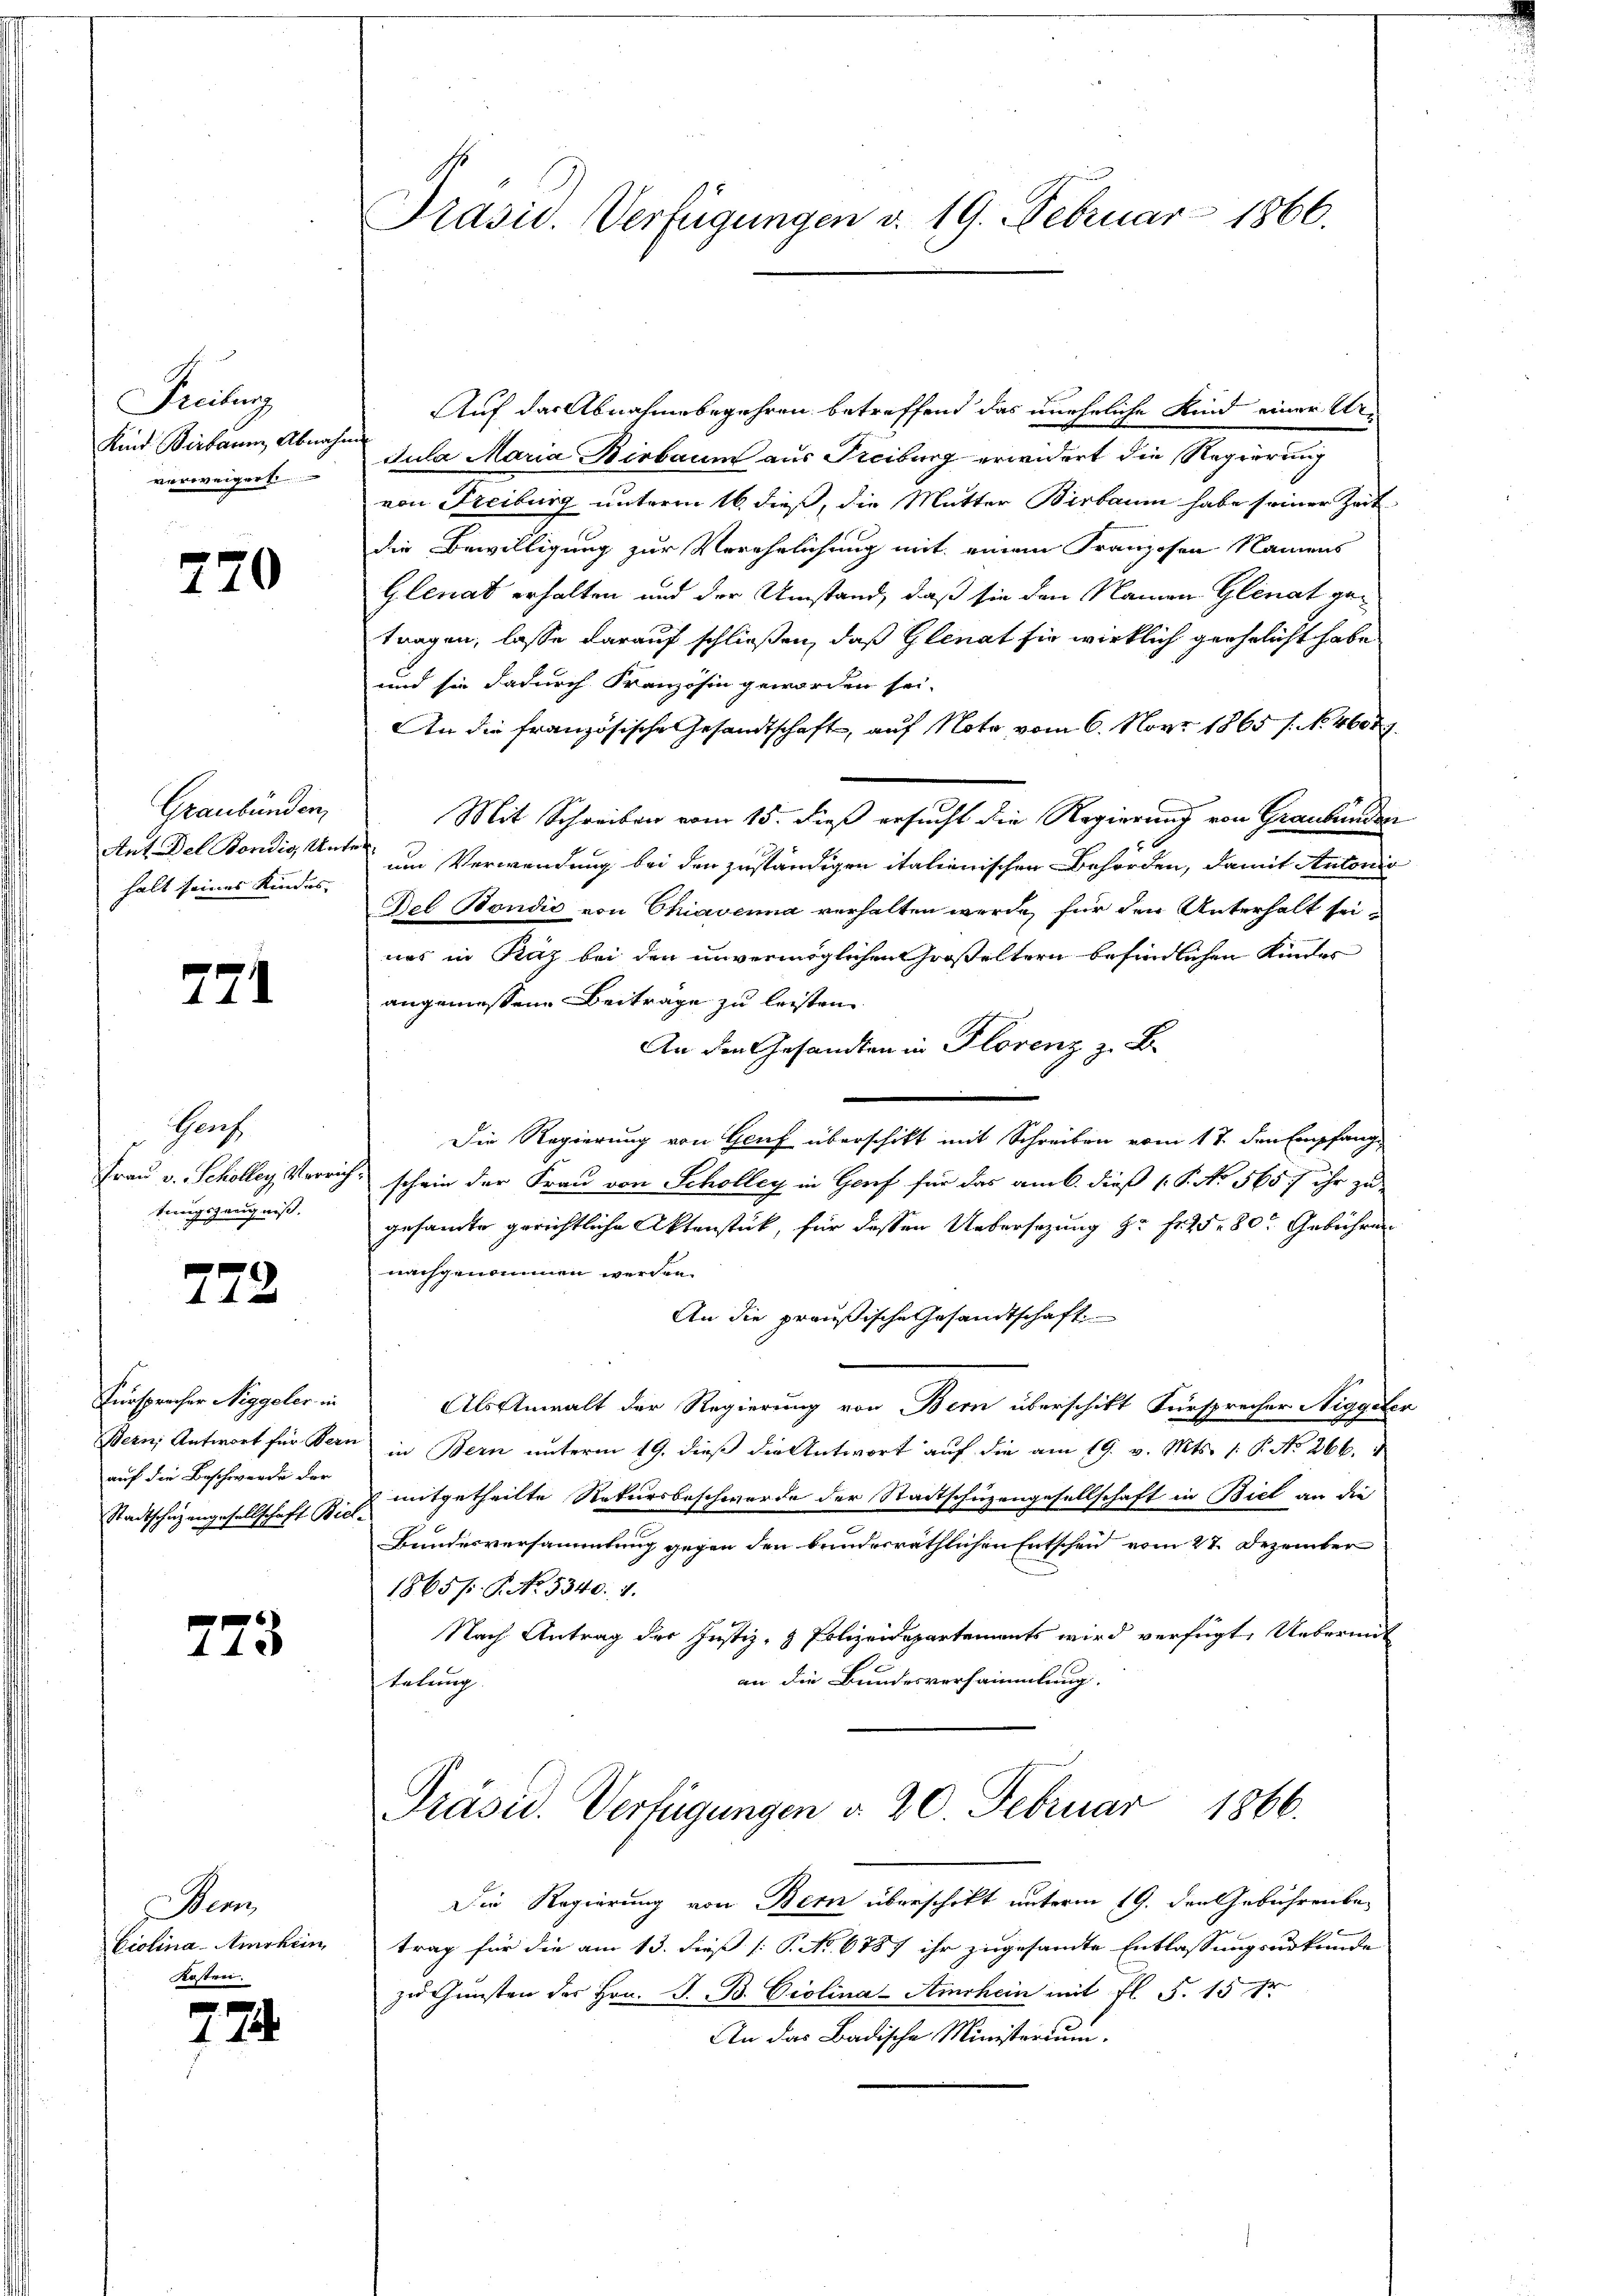
Freihung
Kind Birbarm, Abnahm
verweigert

720

Graubünden,
Ant. Der Bordig, Unt
halt seines Kindes.

771

Prach
Frau v. Scholler Verrich
tungszeugniß.

772

Fürsprecher Niggeler in
Bern, Antwort für Bern
auf die Beschwerde der
Stadtschuzengesellschaft Biel-

773

Nem
Violina Amrhein
Kostrei.

e
11

Prasis. Verfügungen d. 19. Februar 1866.

Auf das Abnahmebegehren betreffend das uneheliche Kind einer Ur-
Jula Maria Birbaum aus Freiburg erwidert die Regierung
von Freiburg unterm 16. dieß, die Mutter Birbaum habe seiner Zeit
die Bewilligung zur Verehelichung mit einem Franzosen Namens
Glenat erhalten und der Umstand, daß sie den Namen Glinat getragen, lasse darauf schließen, daß Glenat sie wirklich geehelicht habe
und sie dadurch Französin geworden sei.
An die französische Gesandtschaft, auf Note vom 6. Nov. 1865 s. No. 4600.
Mit Schreiben vom 15. dieß ersucht die Regierung von Graubünden
f
um Verwendung bei den zuständigen italienischen Behörden, damit Autoris
Del Bondić von Chiavenia verhalten werde, für den Unterhalt seiwas in Paz bei den unvermöglichen Großeltern befindlichen Kindes
angemessene Beiträge zu leisten
An den Gesandten in Florenz z. B.
Die Regierung von Genf überschikt mit Schreiben vom 17. den Empfang
schein der Frau von Scholleg in Genf für das am 6. dieß P. No 565. ihr zu
gehander gerichtliche Aktenstück, für dessen Uebersezung zu Fr. 25. 80 Gebühren
nachgenommen werden.
An die preußische Gesandtschaft
Als Anwalt der Regierung von Bern überschikt Fürsprecher Niggeh
in Bern unterm 19. dieß die Antwort auf die am 19. v. Mts. 1. P. No 266.
mitgetheilte Rekursbeschwerde der Stadtschüzengesellschaft in Biel an die
Bundesversammlung gegen den bundesräthlichen Entscheid vom 27. Dezember
1865 f. P. No. 5340. 7.
Nach Antrag der Justiz- & Polizeidepartements wird verfügt, Uebermit
an die Bundesversammlung.
telung
Präsid. Verfügungen d. 20 Februar 1866.
Die Regierung von Bern überschikt unterm 19. den Gebührenbetrag für die am 13. dieß [P. No. 6787 ihr zugesandte Entlassungsurkunde
zu Gunsten des Hrn. J. B. Giolina-Amrhein mit fl. S. 15 fr
An das Badische Ministerium.